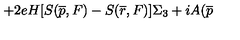
+ 2 e H [ S ( \overline { { p } } , F ) - S ( \overline { { r } } , F ) ] \Sigma _ { 3 } + i A ( \overline { { p } }